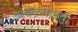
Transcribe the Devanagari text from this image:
त्र्यंबकगडाची